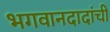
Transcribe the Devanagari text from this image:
भगवानदादांची